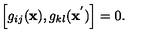
\left[ g _ { i j } ( { \bf x } ) , g _ { k l } ( { \bf x } ^ { ' } ) \right] = 0 .